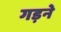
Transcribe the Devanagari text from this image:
गड़ने